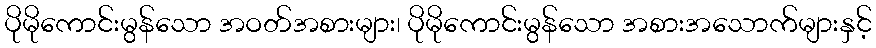
ပိုမိုကောင်းမွန်သော အဝတ်အစားများ၊ ပိုမိုကောင်းမွန်သော အစားအသောက်များနှင့်